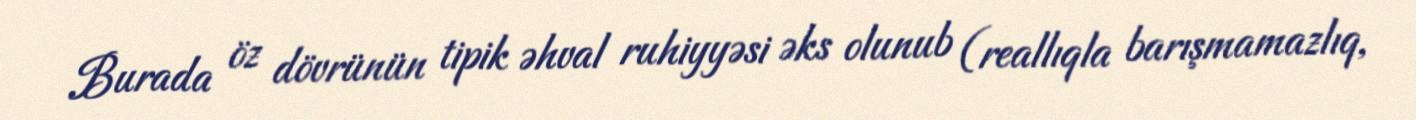
Burada öz dövrünün tipik əhval ruhiyyəsi əks olunub (reallıqla barışmamazlıq,